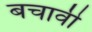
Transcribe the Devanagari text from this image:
बचावी